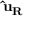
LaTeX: \mathbf { { \hat { u } } _ { R } }